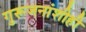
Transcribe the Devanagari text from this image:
गुरूजनांशीही